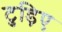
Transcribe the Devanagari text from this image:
टुड़िए